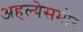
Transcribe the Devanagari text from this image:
अहल्येसमोर